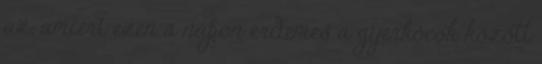
az, amiért ezen a napon érdemes a gyerkőcök között